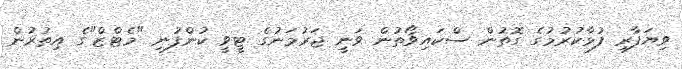
ވިޔަފާރި ފުޅާކުރުމުގެ ގޮތުން ސްކައިވޯތުން ވަނީ ޖަރުމަނުގެ ޓީވީ ކުންފުނި "މެޓްޒް"ގެ އިތުރުން